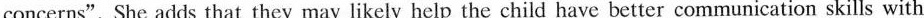
concerns". She adds that they may likely help the child have better communication skills with